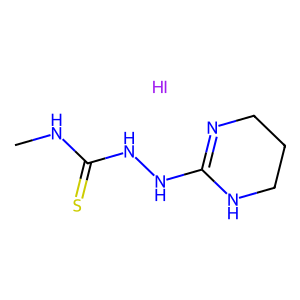
SMILES: CNC(=S)NNC1=NCCCN1.I
Inhibits HIV replication: No